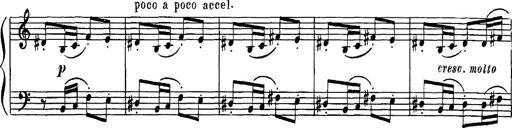
Title: Hungarian Rhapsody No.16
Composer: Franz Liszt
Key: A minor